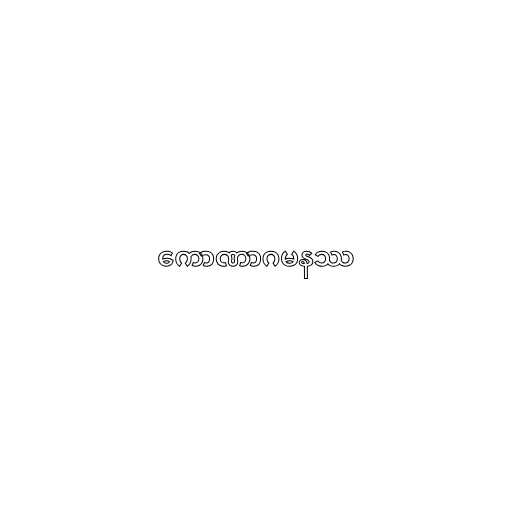
ကောဏာဂမနဿ